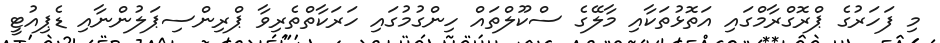
މި ފަހަރުގެ ޕްރޮގްރާމްގައި އަތޮޅުތަކާއި މާލޭގެ ސްކޫލްތައް ހިންގުމުގައި ހަރަކާތްތެރިވާ ޕްރިންސިޕަލުންނާއި ޑެޕިއުޓީ